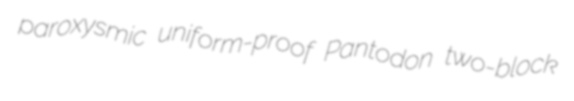
paroxysmic uniform-proof Pantodon two-block